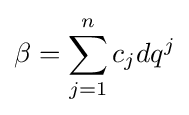
\beta =\sum _{j=1}^{n}c_{j}dq^{j}